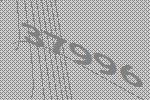
37996